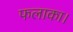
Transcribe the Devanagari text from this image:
फलाका।